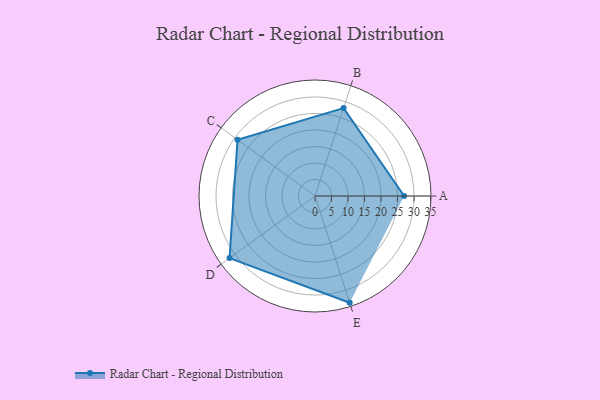
{"axis": {"x": "Skill", "y": "Score"}, "legend": ["Profile"], "data": [{"x": "A", "y": 27.0, "type": "Profile"}, {"x": "B", "y": 28.0, "type": "Profile"}, {"x": "C", "y": 29.0, "type": "Profile"}, {"x": "D", "y": 32.0, "type": "Profile"}, {"x": "E", "y": 34.0, "type": "Profile"}]}